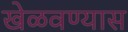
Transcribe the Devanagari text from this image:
खेळवण्यास